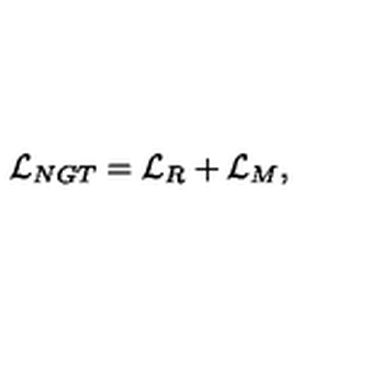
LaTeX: { \cal L } _ { N G T } = { \cal L } _ { R } + { \cal L } _ { M } ,